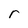
Character: r